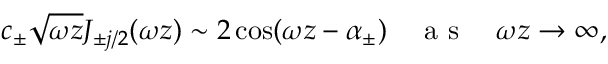
c _ { \pm } \sqrt { \omega z } J _ { \pm j / 2 } ( \omega z ) \sim 2 \cos ( \omega z - \alpha _ { \pm } ) \textrm { \quad a s \quad } \omega z \to \infty ,